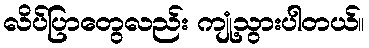
လိပ်ပြာတွေလည်း ကျုံ့သွားပါတယ်။